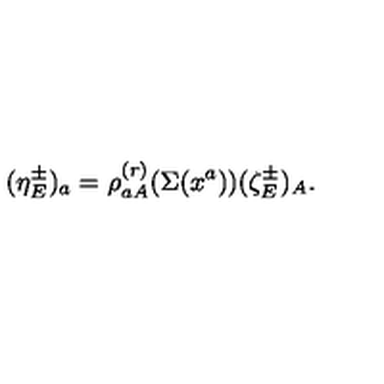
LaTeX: ( \eta _ { E } ^ { \pm } ) _ { a } = \rho _ { a A } ^ { ( r ) } ( \Sigma ( x ^ { a } ) ) ( \zeta _ { E } ^ { \pm } ) _ { A } .